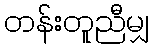
တန်းတူညီမျှ